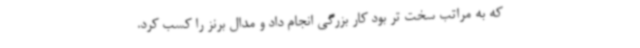
که به مراتب سخت تر بود کار بزرگی انجام داد و مدال برنز را کسب کرد.